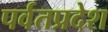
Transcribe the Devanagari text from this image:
पर्वतप्रदेश